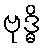
ဗုဒ္ဓိ